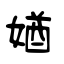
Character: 媨